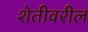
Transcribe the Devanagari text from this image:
शेतीवरील